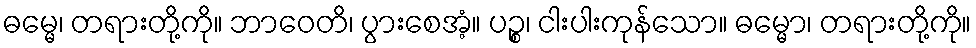
ဓမ္မေ၊ တရားတို့ကို။ ဘာဝေတိ၊ ပွားစေအံ့။ ပဉ္စ၊ ငါးပါးကုန်သော။ ဓမ္မော၊ တရားတို့ကို။